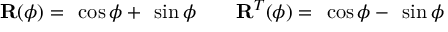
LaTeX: \mathbf { R } ( \phi ) = \mathbf { \eta } \cos \phi + \mathbf { \epsilon } \sin \phi \qquad \mathbf { R } ^ { T } ( \phi ) = \mathbf { \eta } \cos \phi - \mathbf { \epsilon } \sin \phi